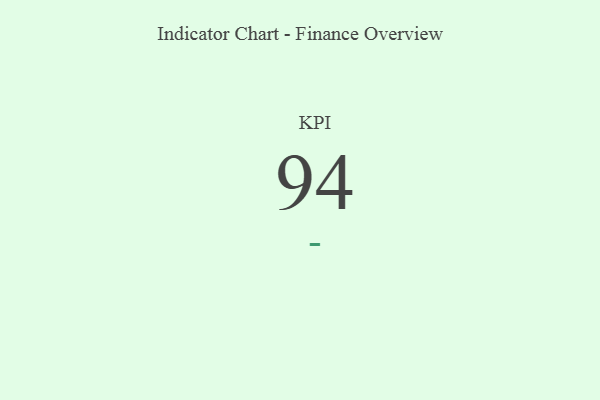
{"axis": {"x": "KPI", "y": "Value"}, "legend": [""], "data": [{"x": "KPI", "y": 94, "type": ""}]}